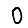
Digit: 0